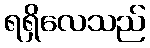
ရရှိလေသည်